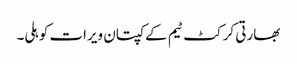
بھارتی کرکٹ ٹیم کےکپتان ویرات کوہلی۔